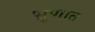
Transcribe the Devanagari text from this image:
भ्रूणात